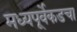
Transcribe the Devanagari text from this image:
मध्यपूर्वेकडचा